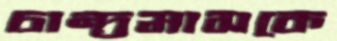
চান্দ্রমাসকে